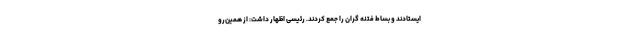
ایستادند و بساط فتنه گران را جمع کردند. رئیسی اظهار داشت: از همین‌رو